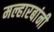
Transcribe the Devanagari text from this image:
मल्हारबांनी